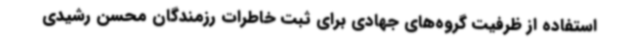
استفاده از ظرفیت گروه‌های جهادی برای ثبت خاطرات رزمندگان محسن رشیدی